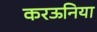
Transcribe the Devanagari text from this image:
करऊनिया